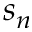
s _ { n }